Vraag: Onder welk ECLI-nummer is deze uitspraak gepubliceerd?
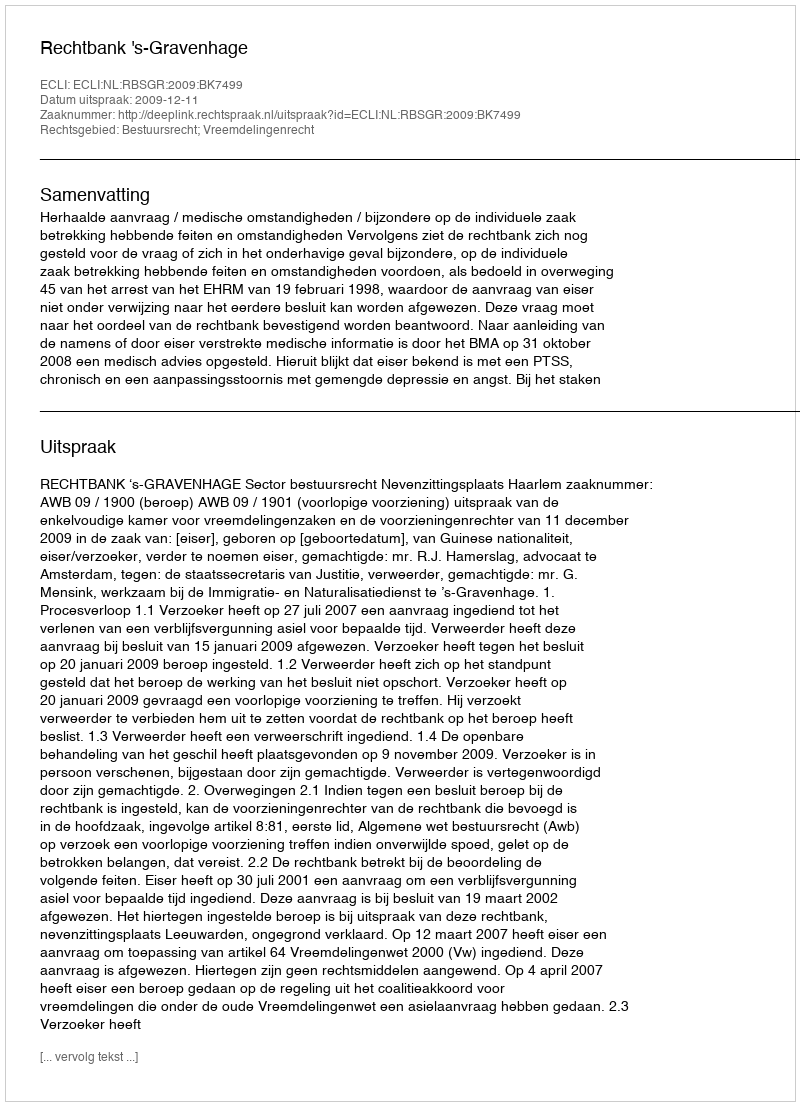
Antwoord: ECLI:NL:RBSGR:2009:BK7499